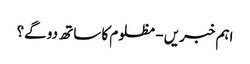
اہم خبریں - مظلوم کا ساتھ دو گے؟